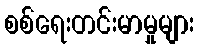
စစ်ရေးတင်းမာမှုများ